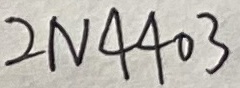
Text: 2N4403